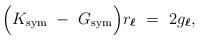
LaTeX: \begin{align*}\Big(K_{\rm sym} \ - \ G_{\rm sym} \Big) r_{\boldsymbol{\ell}} \ = \ 2 g_{\boldsymbol{\ell}},\end{align*}